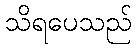
သိရပေသည်